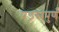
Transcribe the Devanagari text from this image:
षड्रसपुर्ण